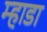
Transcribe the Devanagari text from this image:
म्हाडा